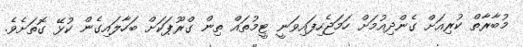
މުބާރާތް ކުރިއަށް ގެންދިއުމަށް ހަމަޖެހިފައިވަނީ ޓީމުތައް ތިން ގްރޫޕަކަށް ބަހާލައިގެން ކުޅޭ ގޮތަށެވެ.